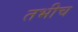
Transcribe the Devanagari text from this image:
तभीच